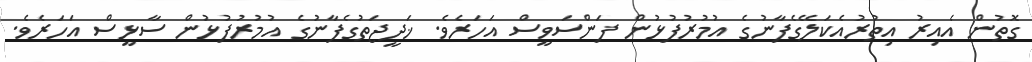
ގޮތުން އެއިރު އިތުރުއެކަލޭގެފާނުގެ އުމުރުފުޅުން ފަންސަވީސް އަހަރެވެ. ޚަދީޖަތުގެފާނުގެ އުމުރުފުޅުން ސާޅީސް އަހަރެވެ.